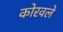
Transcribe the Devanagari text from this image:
कोरवले